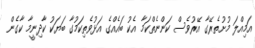
އަމިއްލަ މުށުތެރޭގާ އޭރުވެސް ކަންނެތްކަމާ އެކު ބައެއްގެ އަޅުވެތިކަމުގާ ބަޔަކު ކާދިނީމާ ކާގެން